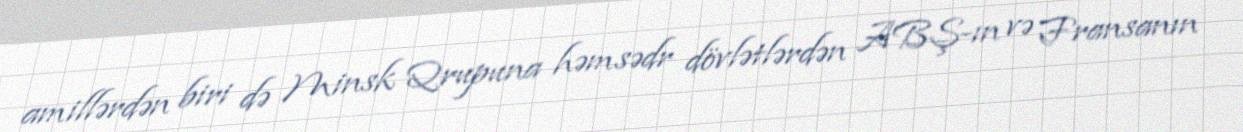
amillərdən biri də Minsk Qrupuna həmsədr dövlətlərdən ABŞ-ın və Fransanın